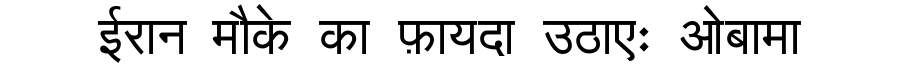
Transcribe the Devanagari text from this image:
ईरान मौके का फ़ायदा उठाएः ओबामा